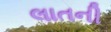
લાતની